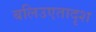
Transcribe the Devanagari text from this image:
बलिउएतादृश